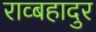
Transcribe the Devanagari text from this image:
राव्बहादुर